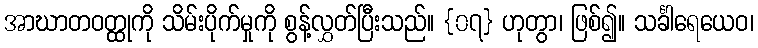
အာဃာတဝတ္ထုကို သိမ်းပိုက်မှုကို စွန့်လွှတ်ပြီးသည်။ {၀၇} ဟုတွာ၊ ဖြစ်၍။ သင်္ခါရေယေဝ၊